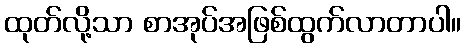
ထုတ်လို့သာ စာအုပ်အဖြစ်ထွက်လာတာပါ။